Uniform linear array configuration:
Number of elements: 4
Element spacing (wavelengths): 0.25
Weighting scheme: kaiser
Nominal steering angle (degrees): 45
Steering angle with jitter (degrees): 44.108
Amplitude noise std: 0.05
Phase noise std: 0.05

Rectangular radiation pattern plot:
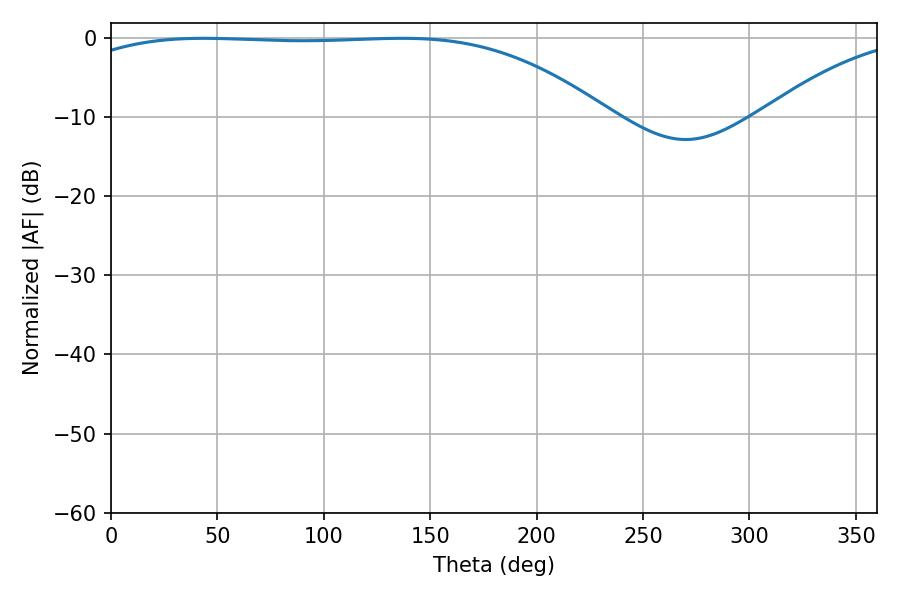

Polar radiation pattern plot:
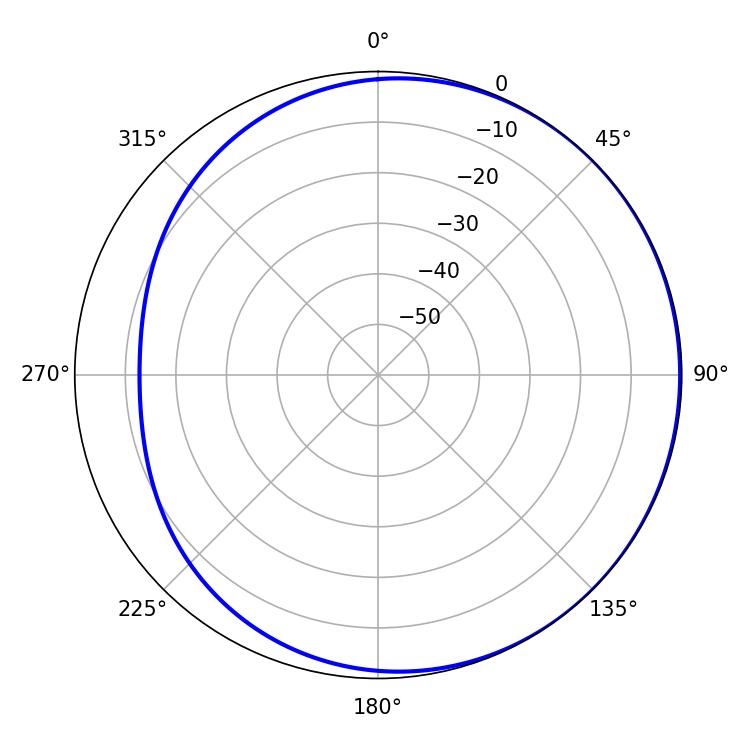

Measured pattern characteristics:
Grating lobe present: FALSE
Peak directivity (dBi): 0.9834
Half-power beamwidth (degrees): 195.3
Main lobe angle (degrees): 43.38